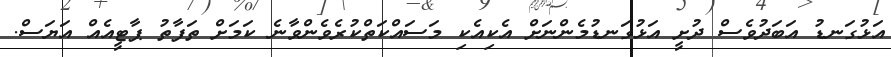
އަޅުގަނޑު އަބަދުވެސް ދުށީ އަޅުގަނޑުމެންނަށް އެކިއެކި މަސައްކަތްކުރެވެންވާނެ ކަމަށް ތަފާތު ޕާޓީއެއް އަޔަސް.